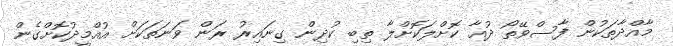
މާއްދާތަކުން ފާސްވޭތޯ ދުއާ ކޮށްލަކޮށްލާ ތިބި ކުދިން ގިނައިރު ރަން ވަނަތަކަށް އުއްމީދުކޮށްގެން